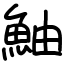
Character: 鮋